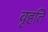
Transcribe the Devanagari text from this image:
वृहति